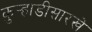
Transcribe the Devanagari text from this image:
कुर्‍हाडीसारखे